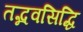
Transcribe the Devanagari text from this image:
तद्भवसिद्धि